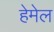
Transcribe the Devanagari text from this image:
हेमेल